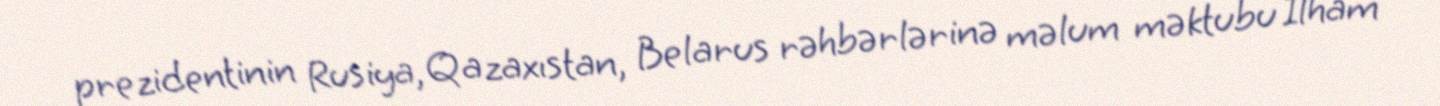
prezidentinin Rusiya, Qazaxıstan, Belarus rəhbərlərinə məlum məktubu İlham